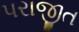
પરાજીત